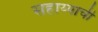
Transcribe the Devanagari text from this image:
सहाय्याची